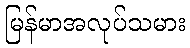
မြန်မာအလုပ်သမား